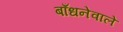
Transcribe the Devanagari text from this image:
बाँधनेवाले